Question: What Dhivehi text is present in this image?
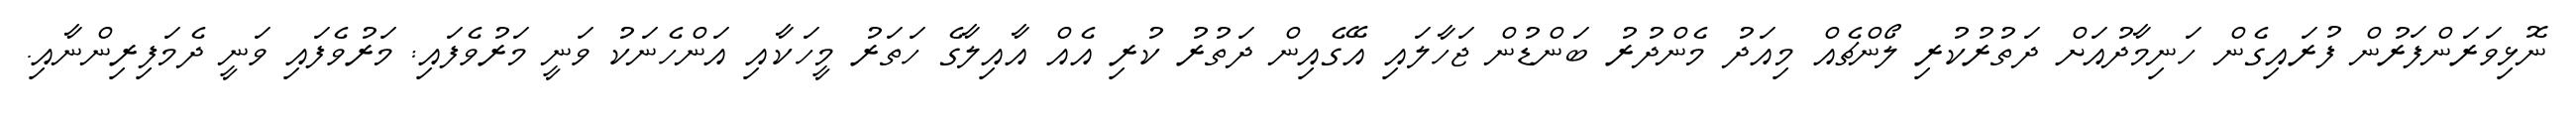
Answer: ނޮޅިވަރަންފަރުން ފުރައިގެން ހަނިމާދުއަށް ދަތުރުކުރި ލޯންޗެއް މިއަދު މެންދުރު ބަންޑުން ޖަހާލައި އޭގެއިން ދަތުރު ކުރި އެއް އާއިލާގެ ހަތަރު މީހަކާއި އަންހެނަކު ވަނީ މަރުވެފައި: މަރުވެފައި ވަނީ ދެމަފިރިންނާއި.